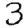
Digit: 3